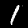
Digit: 1